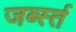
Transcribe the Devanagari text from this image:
जर्ब्स्त